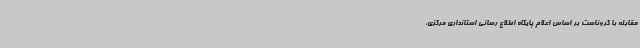
مقابله با کروناست بر اساس اعلام پایگاه اطلاع رسانی استانداری مرکزی،